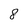
Character: 8